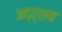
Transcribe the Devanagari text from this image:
अद्र्शय